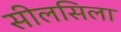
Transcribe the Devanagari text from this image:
सीलसिला